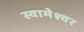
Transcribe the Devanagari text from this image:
स्वामेश्वर